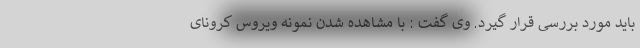
باید مورد بررسی قرار گیرد. وی گفت : با مشاهده شدن نمونه ویروس کرونای